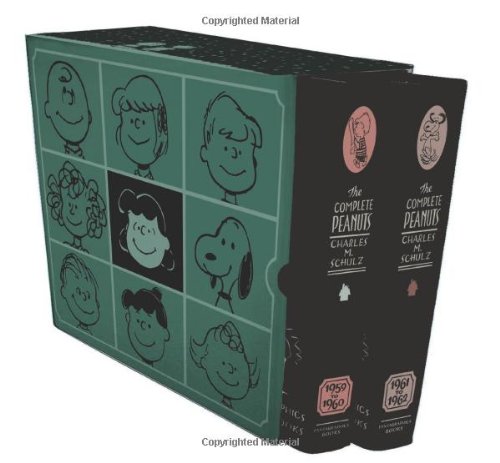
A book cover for The Complete Peanuts 1959-1962 Box Set; Charles M. Schulz; Comics & Graphic Novels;